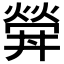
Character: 𤍧